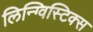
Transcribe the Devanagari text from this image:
लिन्ग्विस्टिक्स